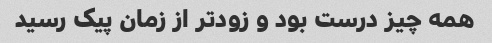
همه چیز درست بود و زودتر از زمان پیک رسید